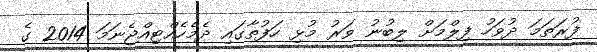
ފުރަތަމަ ދުވަހު ފިލްމަށް ލިބުނު ވަރު މުޅި ހަފުތާގައި ދެމެހެއްޓިއްޖެނަމަ 2014 ގެ